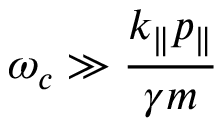
\omega _ { c } \gg \frac { k _ { \parallel } p _ { \parallel } } { \gamma m }